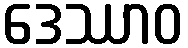
ဒေဿာဝ